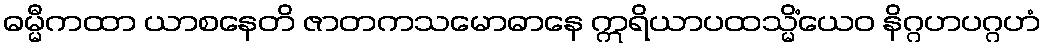
ဓမ္မီကထာ ယာစနေတိ ဇာတကသမောဓာနေ ဣရိယာပထသ္မိံယေဝ နိဂ္ဂဟပဂ္ဂဟံ